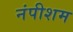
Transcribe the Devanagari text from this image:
नंपीशम